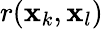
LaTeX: r(\mathbf{x}_{k},\mathbf{x}_{l})